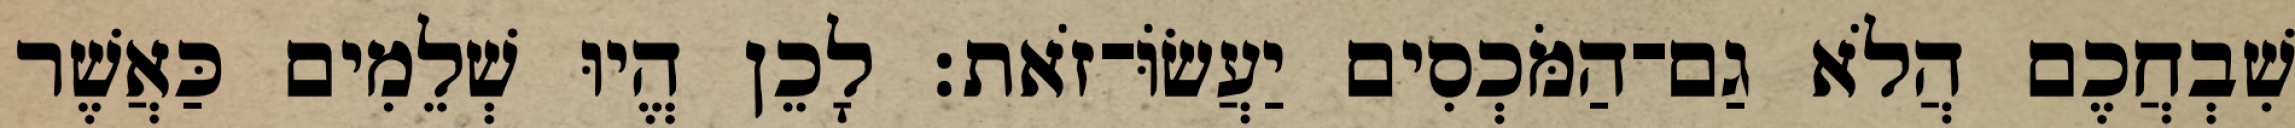
שִׁבְחֲכֶם הֲלֹא גַם־הַמֹּכְסִים יַעֲשׂוֹּ־זֹאת׃ לָכֵן הֱיוּ שְׁלֵמִים כַּאֲשֶׁר